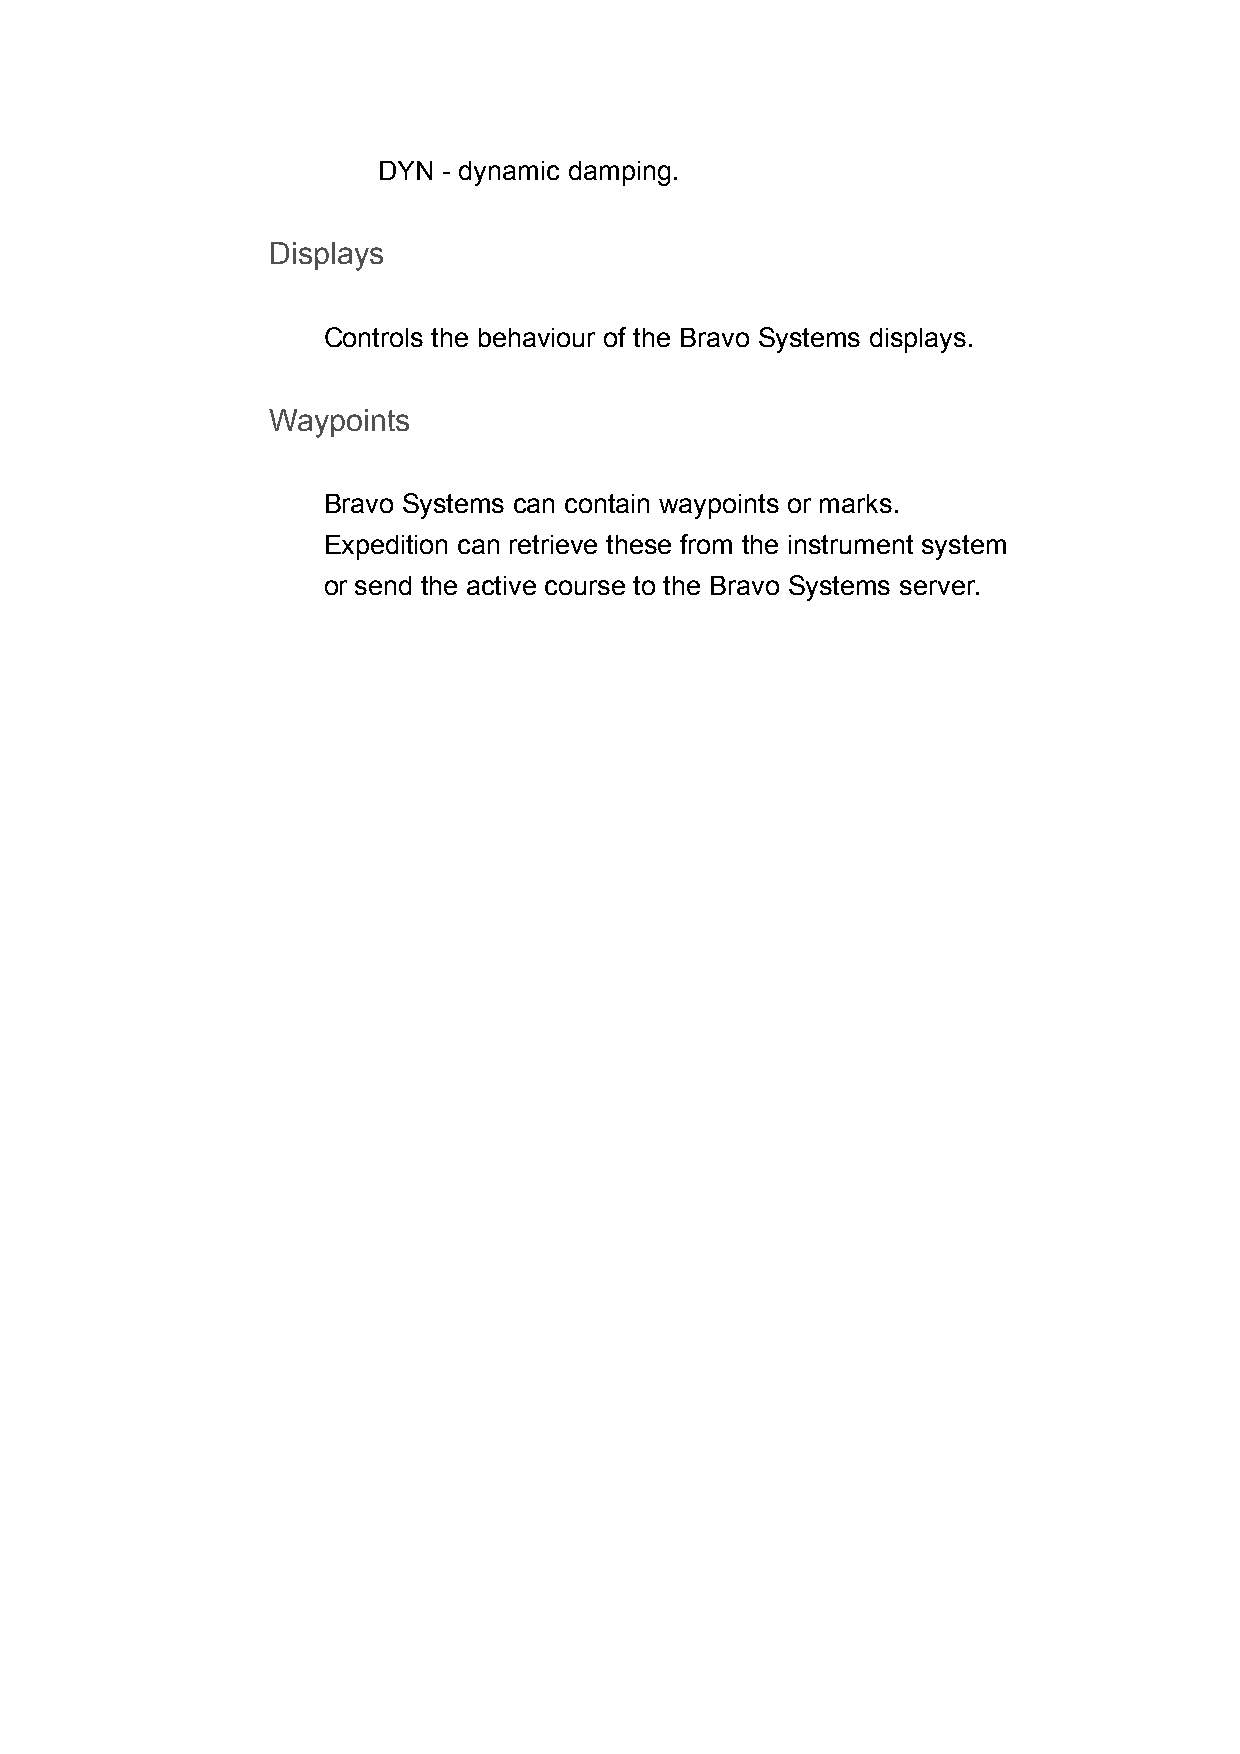
DYN - dynamic damping.
 Displays
 Controls the behaviour of the Bravo Systems displays.
 Waypoints
 Bravo Systems can contain waypoints or marks.
 Expedition can retrieve these from the instrument system
 or send the active course to the Bravo Systems server.